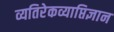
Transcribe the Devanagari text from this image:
व्यतिरेकव्याप्तिज्ञान